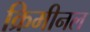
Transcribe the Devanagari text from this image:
क्रिमीनल